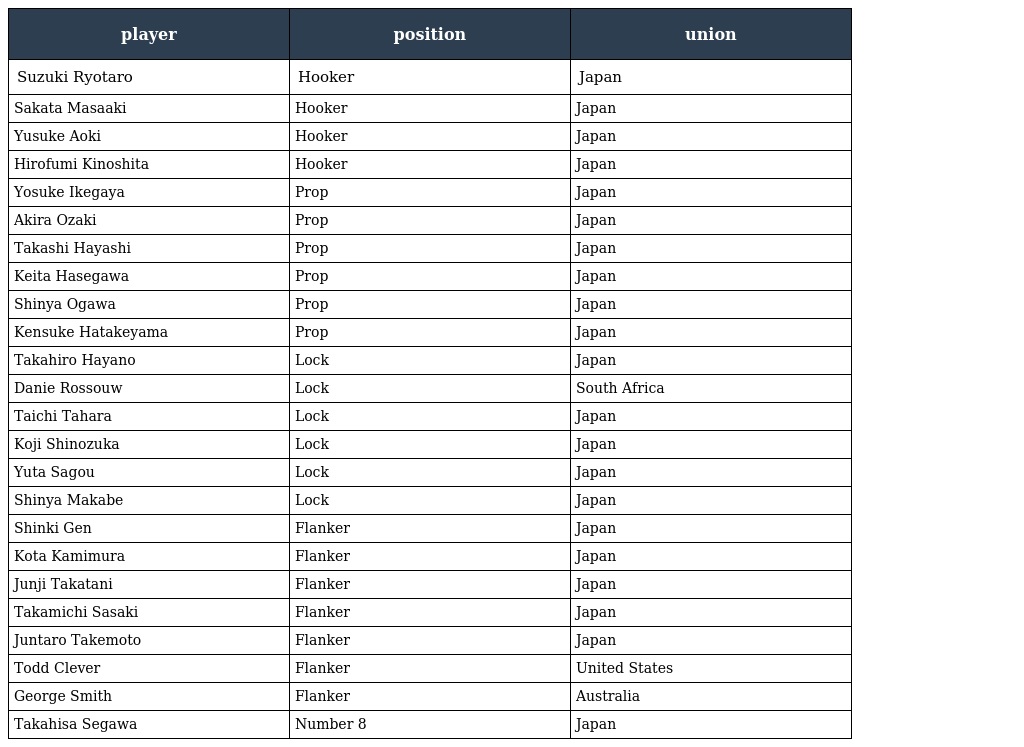
| player | position | union |
 | --- | --- | --- |
 | Suzuki Ryotaro | Hooker | Japan |
 | Sakata Masaaki | Hooker | Japan |
 | Yusuke Aoki | Hooker | Japan |
 | Hirofumi Kinoshita | Hooker | Japan |
 | Yosuke Ikegaya | Prop | Japan |
 | Akira Ozaki | Prop | Japan |
 | Takashi Hayashi | Prop | Japan |
 | Keita Hasegawa | Prop | Japan |
 | Shinya Ogawa | Prop | Japan |
 | Kensuke Hatakeyama | Prop | Japan |
 | Takahiro Hayano | Lock | Japan |
 | Danie Rossouw | Lock | South Africa |
 | Taichi Tahara | Lock | Japan |
 | Koji Shinozuka | Lock | Japan |
 | Yuta Sagou | Lock | Japan |
 | Shinya Makabe | Lock | Japan |
 | Shinki Gen | Flanker | Japan |
 | Kota Kamimura | Flanker | Japan |
 | Junji Takatani | Flanker | Japan |
 | Takamichi Sasaki | Flanker | Japan |
 | Juntaro Takemoto | Flanker | Japan |
 | Todd Clever | Flanker | United States |
 | George Smith | Flanker | Australia |
 | Takahisa Segawa | Number 8 | Japan |